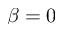
\beta = 0